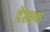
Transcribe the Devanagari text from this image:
देहरथ